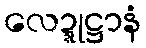
လေဍ္ဍုဋ္ဌာနံ